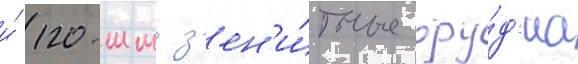
и́ 120-мм з'ен'и́тные ору́д'иа